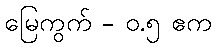
မြေကွက် - ၀.၅ ဧက